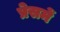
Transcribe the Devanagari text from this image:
प्रेसमें